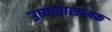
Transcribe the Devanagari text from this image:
उष्णताशामक